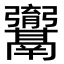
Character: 𮫚